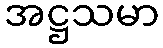
အဋ္ဌသမာ